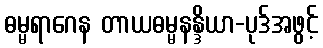
ဓမ္မရာဂေန တာယဓမ္မနန္ဒိယာ-ပုဒ်အဖွင့်